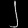
Digit: ၂